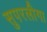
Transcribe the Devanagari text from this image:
सुपरलीगा